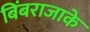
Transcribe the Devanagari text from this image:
बिंबराजाके